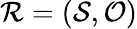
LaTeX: \mathcal{R}=(\mathcal{S},\mathcal{O})